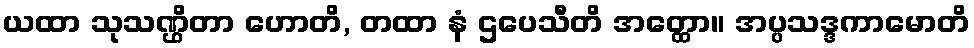
ယထာ သုသဏ္ဌိတာ ဟောတိ, တထာ နံ ဌပေသီတိ အတ္ထော။ အပ္ပသဒ္ဒကာမောတိ